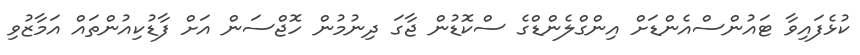
ކުޅެފައިވާ ޓައުންސްއެންޑަށް އިންގްލެންޑްގެ ސްކޮޑުން ޖާގަ ދިނުމުން ހޮޖްސަން އަށް ފާޑުކިއުންތައް އަމާޒުވި